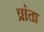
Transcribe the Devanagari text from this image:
प्रांता